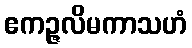
ဧကဉ္ဇလိမကာသဟံ